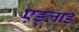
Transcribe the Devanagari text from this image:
एड्लार्ड